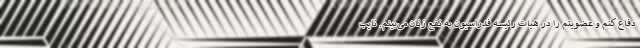
دفاع کنم و عضویتم را در هیات رئیسه فدراسیون به نفع زنان می‌بینم. نایب